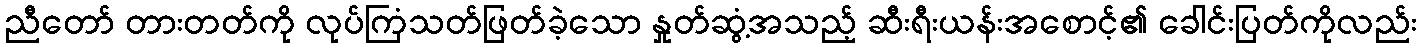
ညီတော် တားတတ်ကို လုပ်ကြံသတ်ဖြတ်ခဲ့သော နှုတ်ဆွံ့အသည့် ဆီးရီးယန်းအစောင့်၏ ခေါင်းပြတ်ကိုလည်း